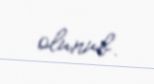
olunub.